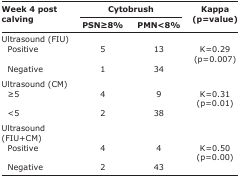
<table><thead><tr><td rowspan="3"><b>Week 4 post calving</b></td><td colspan="2"><b>Cytobrush</b></td><td rowspan="3"><b>Kappa (p=value)</b></td></tr><tr><td><b>PSN≥8%</b></td><td><b>PMN&lt;8%</b></td></tr></thead><tbody><tr><td>Ultrasound (FIU)</td><td></td><td></td><td></td></tr><tr><td> Positive</td><td>5</td><td>13</td><td>K=0.29 (p=0.007)</td></tr><tr><td> Negative</td><td>1</td><td>34</td><td></td></tr><tr><td>Ultrasound (CM)</td><td></td><td></td><td></td></tr><tr><td> ≥5</td><td>4</td><td>9</td><td>K=0.31 (p=0.01)</td></tr><tr><td> &lt;5</td><td>2</td><td>38</td><td></td></tr><tr><td>Ultrasound (FIU+CM)</td><td></td><td></td><td></td></tr><tr><td> Positive</td><td>4</td><td>4</td><td>K=0.50 (p=0.00)</td></tr><tr><td> Negative</td><td>2</td><td>43</td><td></td></tr></tbody></table>